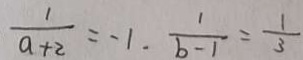
\frac { 1 } { a + 2 } = - 1 . \frac { 1 } { b - 1 } = \frac { 1 } { 3 }